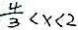
\frac { 4 } { 3 } < x < 2